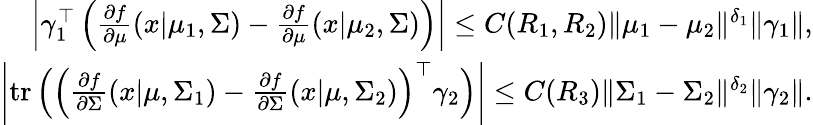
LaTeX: \begin{array}{r}{\left|\gamma_{1}^{\top}\left(\frac{\partial f}{\partial\mu}(x|\mu_{1},\Sigma)-\frac{\partial f}{\partial\mu}(x|\mu_{2},\Sigma)\right)\right|\leq C(R_{1},R_{2})\| \mu_{1}-\mu_{2}\| ^{\delta_{1}}\| \gamma_{1}\| ,}\\ {\left|\mathrm{tr}\left(\Big(\frac{\partial f}{\partial\Sigma}(x|\mu,\Sigma_{1})-\frac{\partial f}{\partial\Sigma}(x|\mu,\Sigma_{2})\Big)^{\top}\gamma_{2}\right)\right|\leq C(R_{3})\| \Sigma_{1}-\Sigma_{2}\| ^{\delta_{2}}\| \gamma_{2}\| .}\end{array}